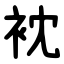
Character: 衴